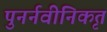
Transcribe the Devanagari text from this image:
पुनर्नवीनिकृत